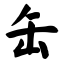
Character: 缶